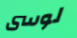
لوسى